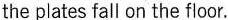
the plates fall on the floor.